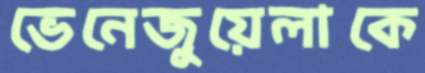
ভেনেজুয়েলাকে